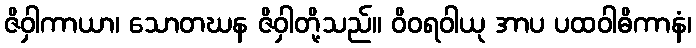
ဇိဝှါကာယာ၊ သောတဃန ဇိဝှါတို့သည်။ ဝိဝရဝါယု အာပ ပထဝါဓိကာနံ၊